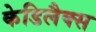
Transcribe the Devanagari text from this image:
केडिलैक्‍स